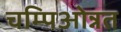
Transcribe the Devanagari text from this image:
चम्पिओन्नत